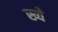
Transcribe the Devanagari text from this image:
ख्वे